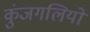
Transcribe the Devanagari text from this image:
कुंजगलियों